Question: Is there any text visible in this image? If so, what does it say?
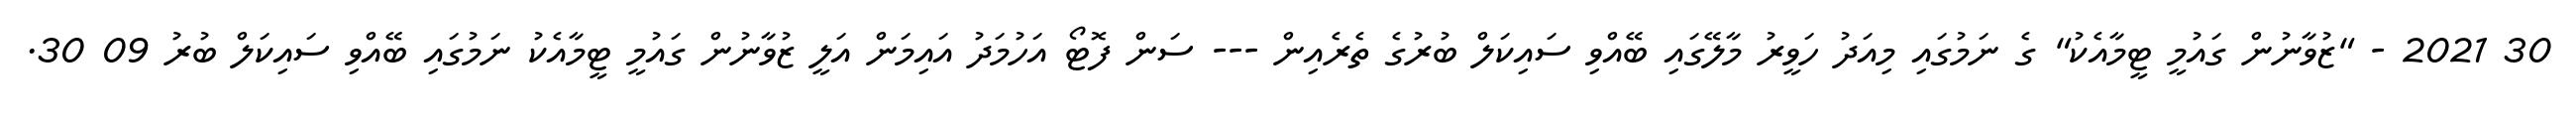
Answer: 30 2021 - "ޒުވާނުން ގައުމީ ޓީމާއެކު" ގެ ނަމުގައި މިއަދު ހަވީރު މާލޭގައި ބޭއްވި ސައިކަލް ބުރުގެ ތެރެއިން --- ސަން ފޮޓޯ އަހުމަދު އައިމަން އަލީ ޒުވާނުން ގައުމީ ޓީމާއެކު ނަމުގައި ބޭއްވި ސައިކަލް ބުރު 09 30.